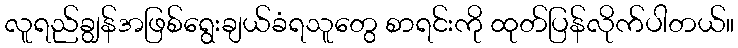
လူရည်ချွန်အဖြစ်ရွေးချယ်ခံရသူတွေ စာရင်းကို ထုတ်ပြန်လိုက်ပါတယ်။